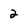
Character: 2